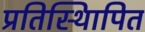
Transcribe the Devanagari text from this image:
प्रतिस्थिापित